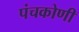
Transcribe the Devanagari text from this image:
पंचकोणी